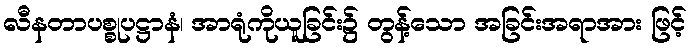
လီနတာပစ္စုပဋ္ဌာနံ၊ အာရုံကိုယူခြင်း၌ တွန့်သော အခြင်းအရာအား ဖြင့်